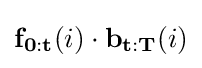
\mathbf {f_{0:t}} (i)\cdot \mathbf {b_{t:T}} (i)